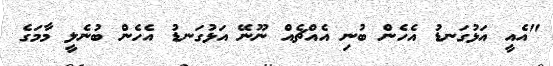
"އެއީ އަޅުގަނޑު އެހެން ބުނި އެއްޗެއް ނޫނޭ އަޅުގަނޑު އެހެން ބުނެލީ މާމަގެ